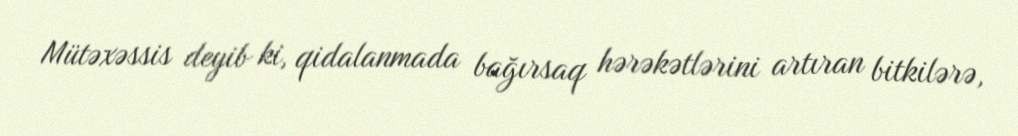
Mütəxəssis deyib ki, qidalanmada bağırsaq hərəkətlərini artıran bitkilərə,